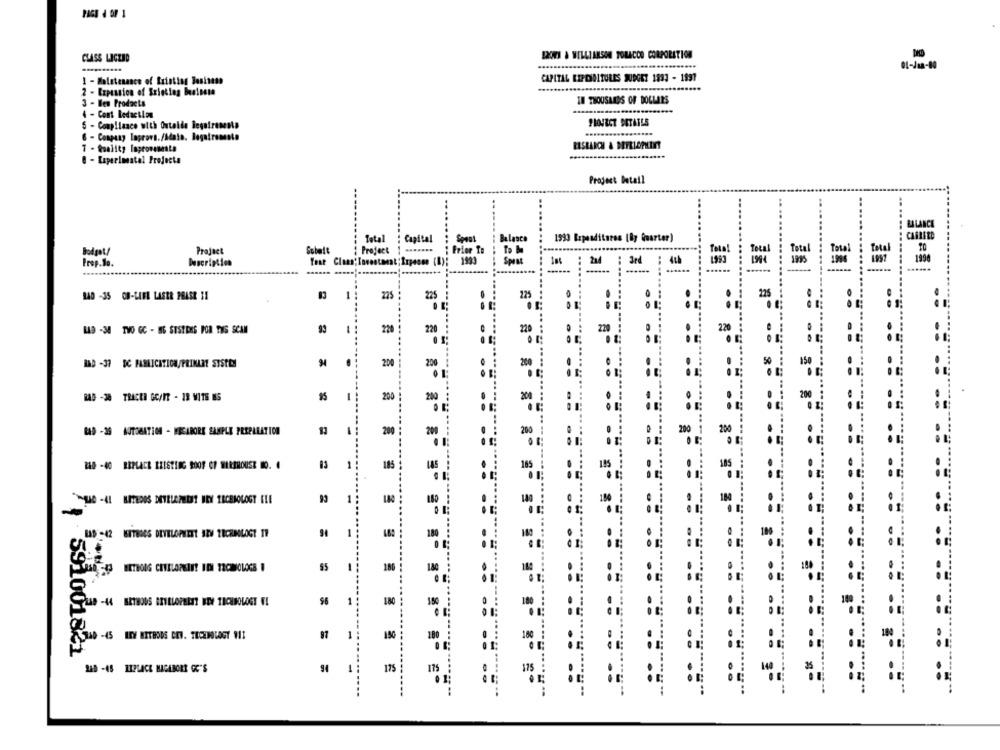
CLASS LICZAD
EROVI & WILLIAMSON TOBACCO CORPORATION
01-08-10
1 - Matetenance of Existing Business
CAPITAL REPOSITORES BUDGET 1893 - 1891
2 - Expansion of Existing Business
3 - les Products
IN THOUSANDS OF DOLLARS
4 - Cont Redaction
5 - Compliance with Outalde Requirements
PROJECT DETATES
7 - Quality Inprovenesta
8 - Experimental Projecta
Project Detail
MILICE
Total
1993 Expenditures [By Quarter)
Capital
Bodgot/
Project
Sebeit
: Project : .......
... Prior to
Prep.do.
Description
Yoat Claas; Investment; Inpesse (B): 1993
Jed
1993
225
140 -35 OU-LIFE LASER PHASE 11
0 1:
225
225
225
LID - 34 TVO GC - IG SUSTRES POR TUS SCAM
1
220
220
220
RAD -37 SC FAMLICATICH/PRIMARY SYSTEM
34
200
200
200
RAG -38 TRACER GEANT - IR MITE MS
200
200
200
BAD - 35 AUTOBATION - RECIBORE SAMPLE PREPARATION
13
200
200
200
200
RAD -40 SEPLACE ERISTING ROOF OF HEREROUSE O. 4
13
1
185
145
185
185
93
LAS -42 ISITBROS DEVELOPMENT BZW TECHNOLOGY IT
1
180
$5
-
180
1
180
180
910018
340 -45 ITY MITBODS CEV. TECHNOLOGY MI
1
150
180
91
1
175
35
140 -45 HIPLACE MAGABORT GC'S
119
175
.........
= = = ======
= = = =====